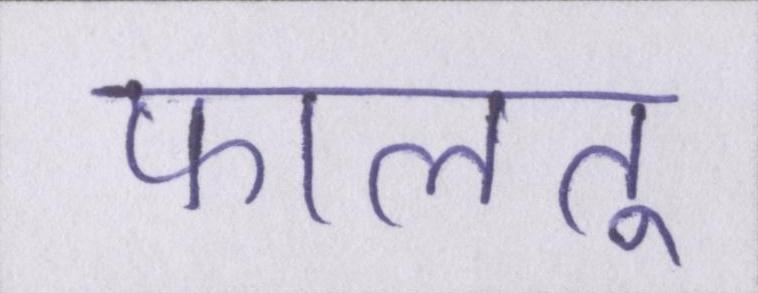
फालतू